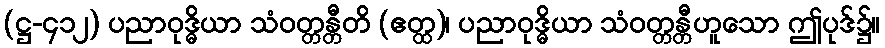
(ဋ္ဌ-၄၁၂) ပညာဝုဒ္ဓိယာ သံဝတ္တန္တီတိ (ဧတ္ထ)၊ ပညာဝုဒ္ဓိယာ သံဝတ္တန္တီဟူသော ဤပုဒ်၌။